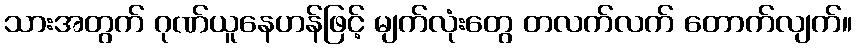
သားအတွက် ဂုဏ်ယူနေဟန်ဖြင့် မျက်လုံးတွေ တလက်လက် တောက်လျက်။